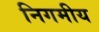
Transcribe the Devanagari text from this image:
निगमीय